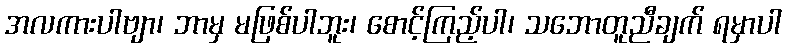
အလကားပါဗျာ၊ ဘာမှ မဖြစ်ပါဘူး၊ စောင့်ကြည့်ပါ၊ သဘောတူညီချက် ရမှာပါ